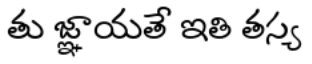
తు జ్ఞాయతే ఇతి తస్య